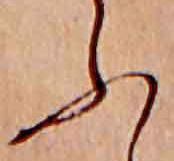
ふ